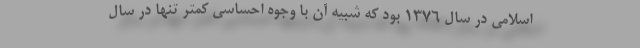
اسلامی در سال 1376 بود که شبیه آن با وجوه احساسی کمتر تنها در سال